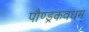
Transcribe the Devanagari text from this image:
पौण्ड्रकवधम्